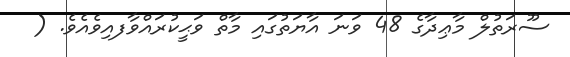
ސޫރަތުލް މާޢިދާގެ 48 ވަނަ އާޔަތުގައި މާތް ވަޙީކުރައްވާފއިވެއެވެ. (